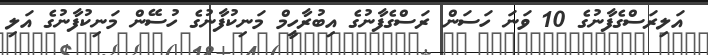
އަލިރަސްގެފާނުގެ 10 ވަނަ ހަސަން ރަސްގެފާނުގެ އިބުރާހީމް މަނިކުފާނުގެ ހުސޭން މަނިކުފާނުގެ އަލި